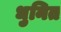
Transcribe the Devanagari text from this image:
धुनित